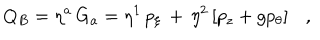
Q _ { B } = \eta ^ { a } \, G _ { a } = \eta ^ { 1 } \, p _ { \xi } \, + \, \eta ^ { 2 } \left[ p _ { z } + g p _ { \theta } \right] \ \ \ ,